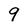
Character: g